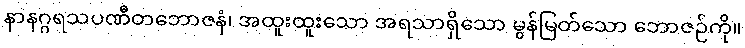
နာနဂ္ဂရသပဏီတဘောဇနံ၊ အထူးထူးသော အရသာရှိသော မွန်မြတ်သော ဘောဇဉ်ကို။